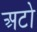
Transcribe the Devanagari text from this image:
अटो